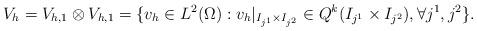
LaTeX: \begin{align*}V_h = V_{h,1}\otimes V_{h,1} = \{v_h\in L^2(\Omega): v_h|_{I_{j^1} \times I_{j^2}} \in Q^k(I_{j^1}\times I_{j^2}),\forall j^1,j^2\}.\end{align*}